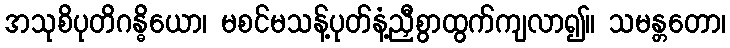
အသုစိပုတိဂန္ဓိယော၊ မစင်မသန့်ပုတ်နံ့ညှီစွာထွက်ကျလာ၍။ သမန္တတော၊